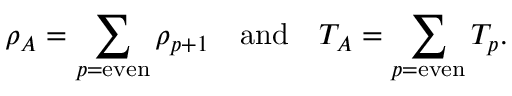
\rho _ { A } = \sum _ { p = \mathrm { e v e n } } \rho _ { p + 1 } \quad \mathrm { a n d } \quad T _ { A } = \sum _ { p = \mathrm { e v e n } } T _ { p } .